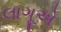
લાગૂએ